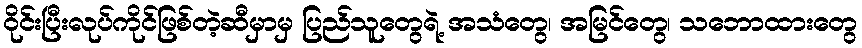
ဝိုင်းပြီးလုပ်ကိုင်ဖြစ်တဲ့ဆီမှာမှ ပြည်သူတွေရဲ့ အသံတွေ၊ အမြင်တွေ၊ သဘောထားတွေ